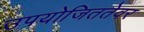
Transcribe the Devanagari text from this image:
उपयोजिततेवर